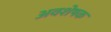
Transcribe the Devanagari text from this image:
अवशेषक